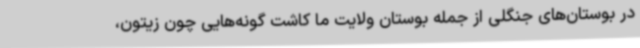
در بوستان‌های جنگلی از جمله بوستان ولایت ما کاشت گونه‌هایی چون زیتون،